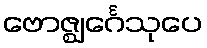
ဗောဇ္ဈင်္ဂေသုပေ